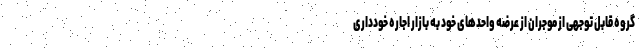
گروه قابل توجهی از موجران از عرضه واحدهای خود به بازار اجاره خودداری